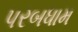
પરબધામ